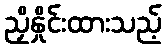
ညှိနှိုင်းထားသည့်